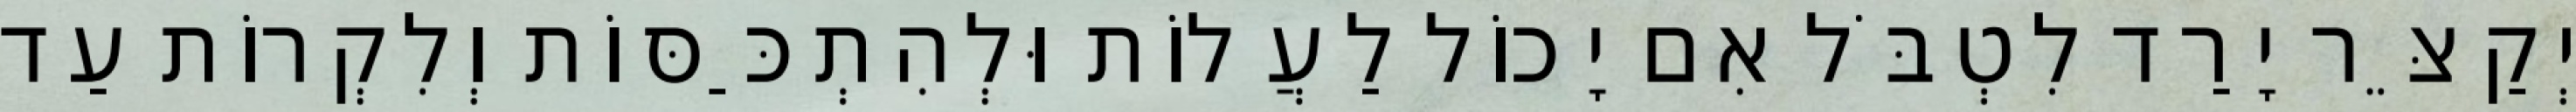
יְקַצֵּר יָרַד לִטְבֹּל אִם יָכוֹל לַעֲלוֹת וּלְהִתְכַּסּוֹת וְלִקְרוֹת עַד